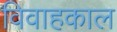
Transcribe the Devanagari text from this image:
विवाहकाल